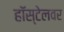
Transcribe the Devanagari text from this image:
हॉस्टेलवर